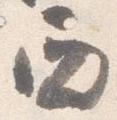
西